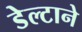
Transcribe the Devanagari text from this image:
डेल्टाने